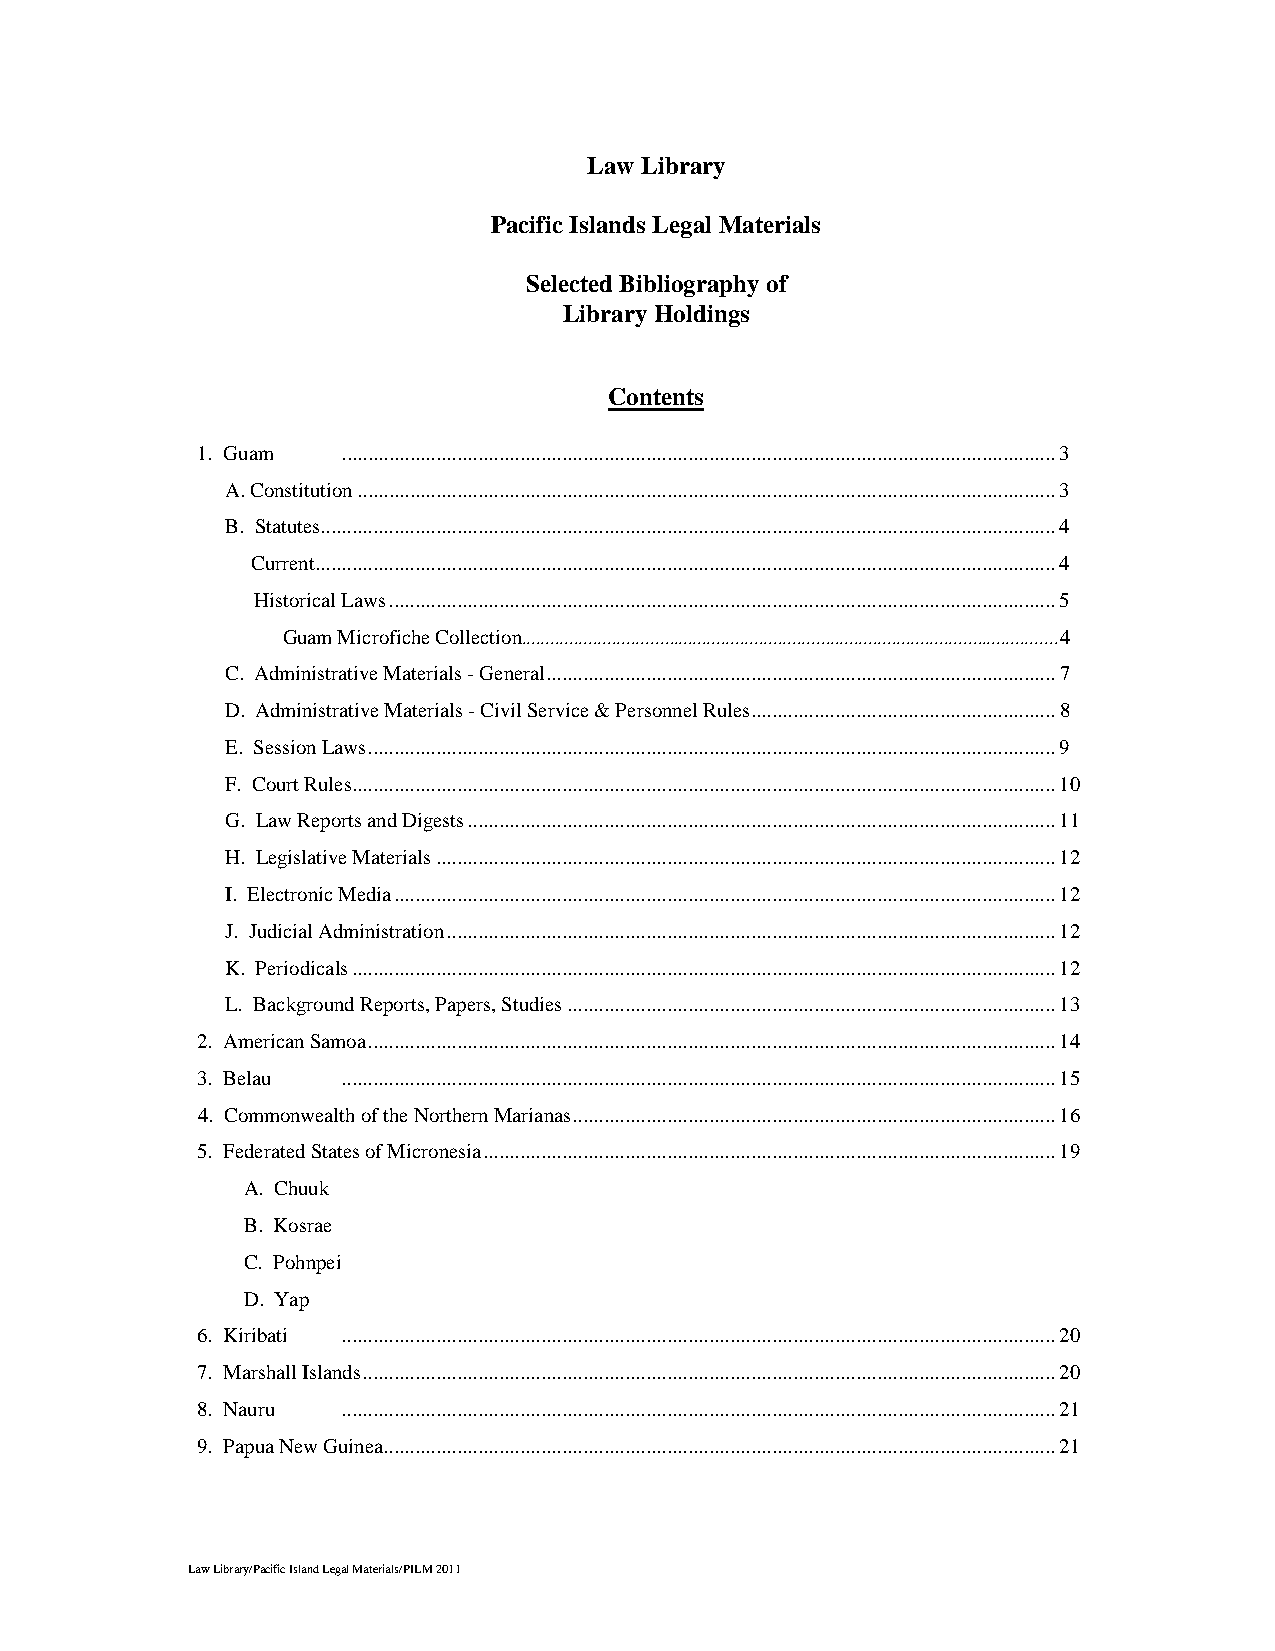
Law Library
 Pacific Islands Legal Materials
 Selected Bibliography of
 Library Holdings
 Contents
 1. Guam   ........................................................................................................................................ 3
 A. Constitution ..................................................................................................................................... 3
 B. Statutes............................................................................................................................................ 4
 Current ............................................................................................................................................. 4
 Historical Laws ............................................................................................................................... 5
 Guam Microfiche Collection ................................................................................................................. 4
 C. Administrative Materials - General ................................................................................................. 7
 D. Administrative Materials - Civil Service & Personnel Rules .......................................................... 8
 E. Session Laws ................................................................................................................................... 9
 F. Court Rules...................................................................................................................................... 10
 G. Law Reports and Digests ................................................................................................................ 11
 H. Legislative Materials ...................................................................................................................... 12
 I. Electronic Media .............................................................................................................................. 12
 J. Judicial Administration .................................................................................................................... 12
 K. Periodicals ...................................................................................................................................... 12
 L. Background Reports, Papers, Studies ............................................................................................. 13
 2. American Samoa ................................................................................................................................... 14
 3. Belau  ........................................................................................................................................ 15
 4. Commonwealth of the Northern Marianas ............................................................................................ 16
 5. Federated States of Micronesia ............................................................................................................. 19
 A. Chuuk
 B. Kosrae
 C. Pohnpei
 D. Yap
 6. Kiribati ........................................................................................................................................ 20
 7. Marshall Islands .................................................................................................................................... 20
 8. Nauru  ........................................................................................................................................ 21
 9. Papua New Guinea................................................................................................................................ 21
 Law Library/Pacific Island Legal Materials/PILM 2011